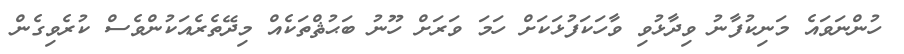
ހުންނަވައެ މަނިކުފާނު ވިދާޅުވި ވާހަކަފުޅަކަށް ހަމަ ވަރަށް ހޫނު ބަޙުޘްތަކެއް މިދޭތެރެއަކުންވެސް ކުރެވިގެން